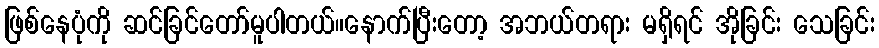
ဖြစ်နေပုံကို ဆင်ခြင်တော်မူပါတယ်။နောက်ပြီးတော့ အဘယ်တရား မရှိရင် အိုခြင်း သေခြင်း